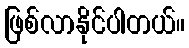
ဖြစ်လာနိုင်ပါတယ်။